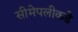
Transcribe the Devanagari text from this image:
सीमेपलीकडे